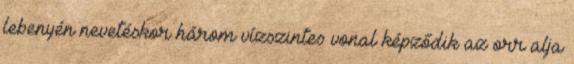
lebenyén nevetéskor három vízszintes vonal képződik az orr alja